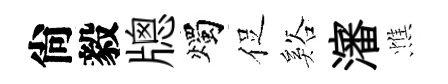
尙毅牕燭促谿瀋憔